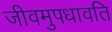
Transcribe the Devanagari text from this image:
जीवमुपधावति